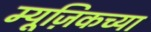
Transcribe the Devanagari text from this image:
म्यूज़िकच्या